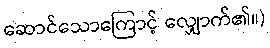
ဆောင်သောကြောင့် လျှောက်၏။)